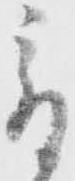
爰